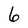
Character: 6